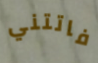
فاتتني